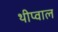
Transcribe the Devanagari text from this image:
थीप्वाल